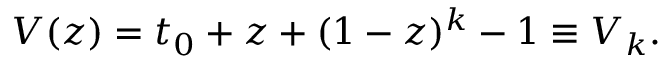
V ( z ) = t _ { 0 } + z + ( 1 - z ) ^ { k } - 1 \equiv V _ { k } .